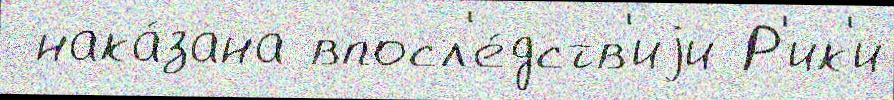
 нака́зана впосл'е́дств'иjи Р'ик'и